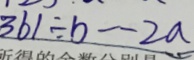
3 6 1 \div b \cdot 2 a